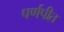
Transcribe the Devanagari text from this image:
पर्णपीत